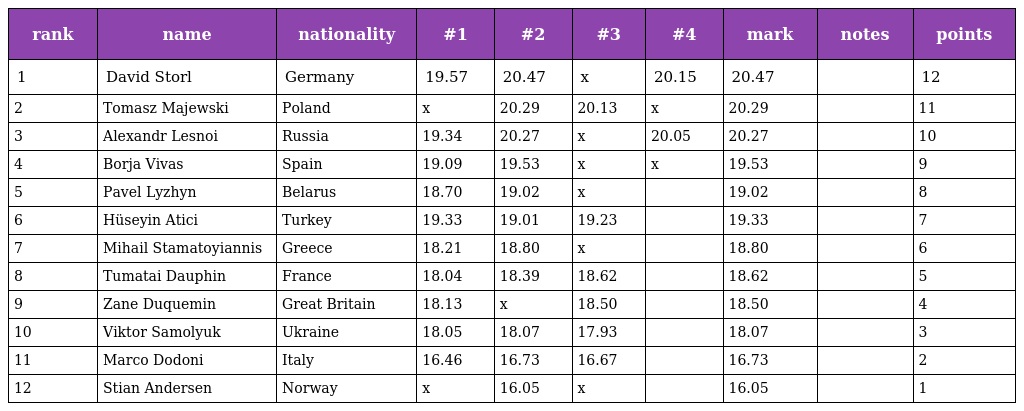
| rank | name | nationality | #1 | #2 | #3 | #4 | mark | notes | points |
 | --- | --- | --- | --- | --- | --- | --- | --- | --- | --- |
 | 1 | David Storl | Germany | 19.57 | 20.47 | x | 20.15 | 20.47 |  | 12 |
 | 2 | Tomasz Majewski | Poland | x | 20.29 | 20.13 | x | 20.29 |  | 11 |
 | 3 | Alexandr Lesnoi | Russia | 19.34 | 20.27 | x | 20.05 | 20.27 |  | 10 |
 | 4 | Borja Vivas | Spain | 19.09 | 19.53 | x | x | 19.53 |  | 9 |
 | 5 | Pavel Lyzhyn | Belarus | 18.70 | 19.02 | x |  | 19.02 |  | 8 |
 | 6 | Hüseyin Atici | Turkey | 19.33 | 19.01 | 19.23 |  | 19.33 |  | 7 |
 | 7 | Mihail Stamatoyiannis | Greece | 18.21 | 18.80 | x |  | 18.80 |  | 6 |
 | 8 | Tumatai Dauphin | France | 18.04 | 18.39 | 18.62 |  | 18.62 |  | 5 |
 | 9 | Zane Duquemin | Great Britain | 18.13 | x | 18.50 |  | 18.50 |  | 4 |
 | 10 | Viktor Samolyuk | Ukraine | 18.05 | 18.07 | 17.93 |  | 18.07 |  | 3 |
 | 11 | Marco Dodoni | Italy | 16.46 | 16.73 | 16.67 |  | 16.73 |  | 2 |
 | 12 | Stian Andersen | Norway | x | 16.05 | x |  | 16.05 |  | 1 |